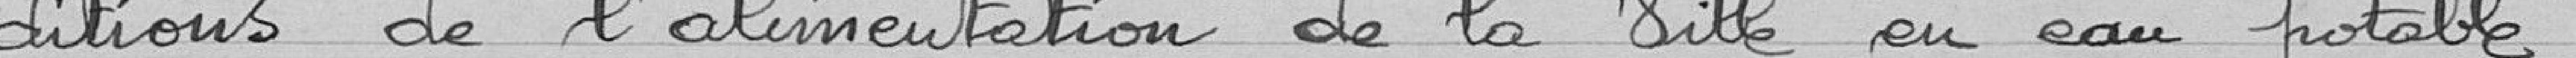
d'ilions de l'alimentation de la ville en eau potable.